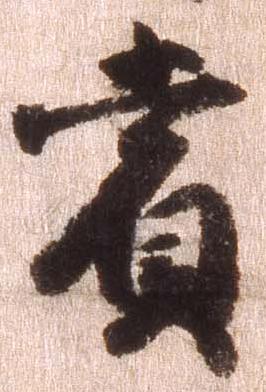
賞